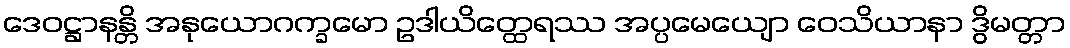
ဒေဝဋ္ဌာနန္တိ အနုယောဂက္ခမော ဥဒါယိတ္ထေရဿ အပ္ပမေယျော ဝေသိယာနာ ဒွိမတ္တာ